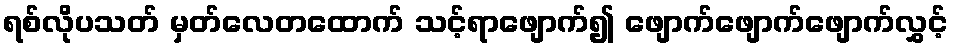
ရစ်လိုပသတ် မှတ်လေတထောက် သင့်ရာဖျောက်၍ ဖျောက်ဖျောက်ဖျောက်လွှင့်